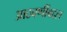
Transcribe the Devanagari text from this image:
आठवणींबद्दल